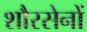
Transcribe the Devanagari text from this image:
शौरसेनों